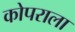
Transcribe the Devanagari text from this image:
कोपराला